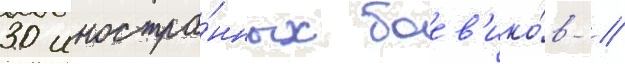
30 иностра́нных боев'ико́в //